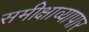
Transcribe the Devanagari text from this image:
समीक्षाव्यापार